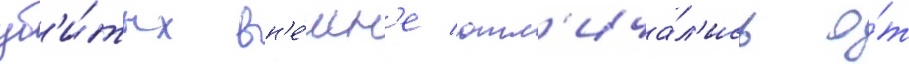
уб'и́тых вн'е́шн'е отл'ича́л'ись о́т